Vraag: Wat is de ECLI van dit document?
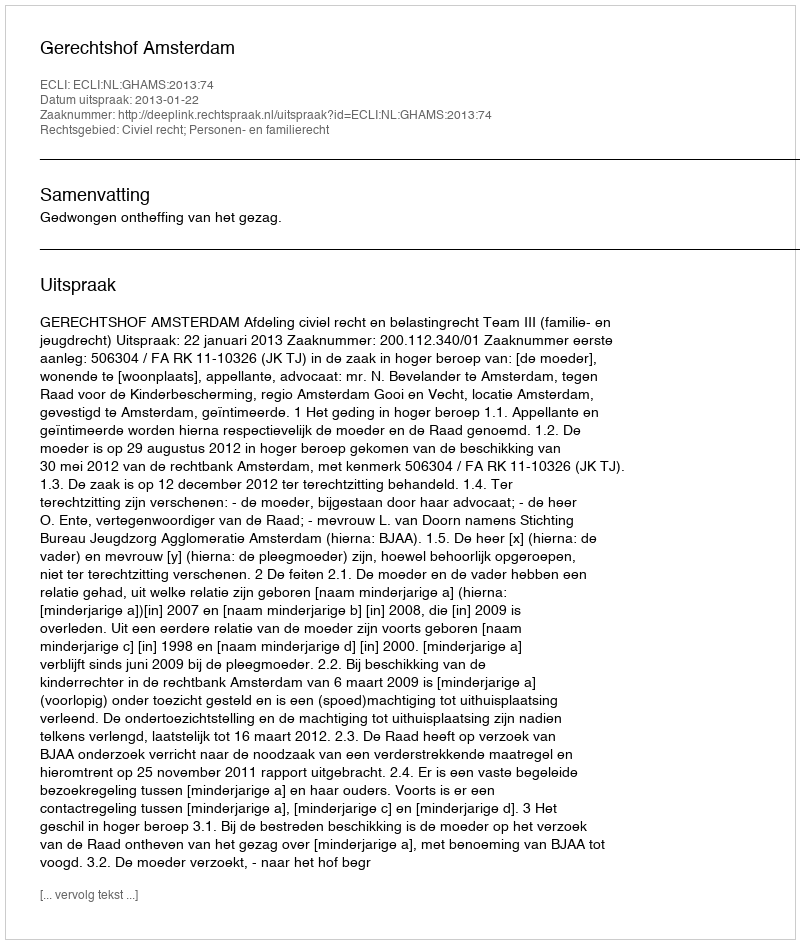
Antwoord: ECLI:NL:GHAMS:2013:74